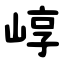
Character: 崞